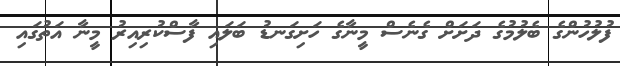
ފުލުހުންގެ ބެލުމުގެ ދަށަށް ގެނެސް މީނާގެ ހަށިގަނޑު ބަލައި ފާސްކުރިއިރު މީނާ އަތުގައި